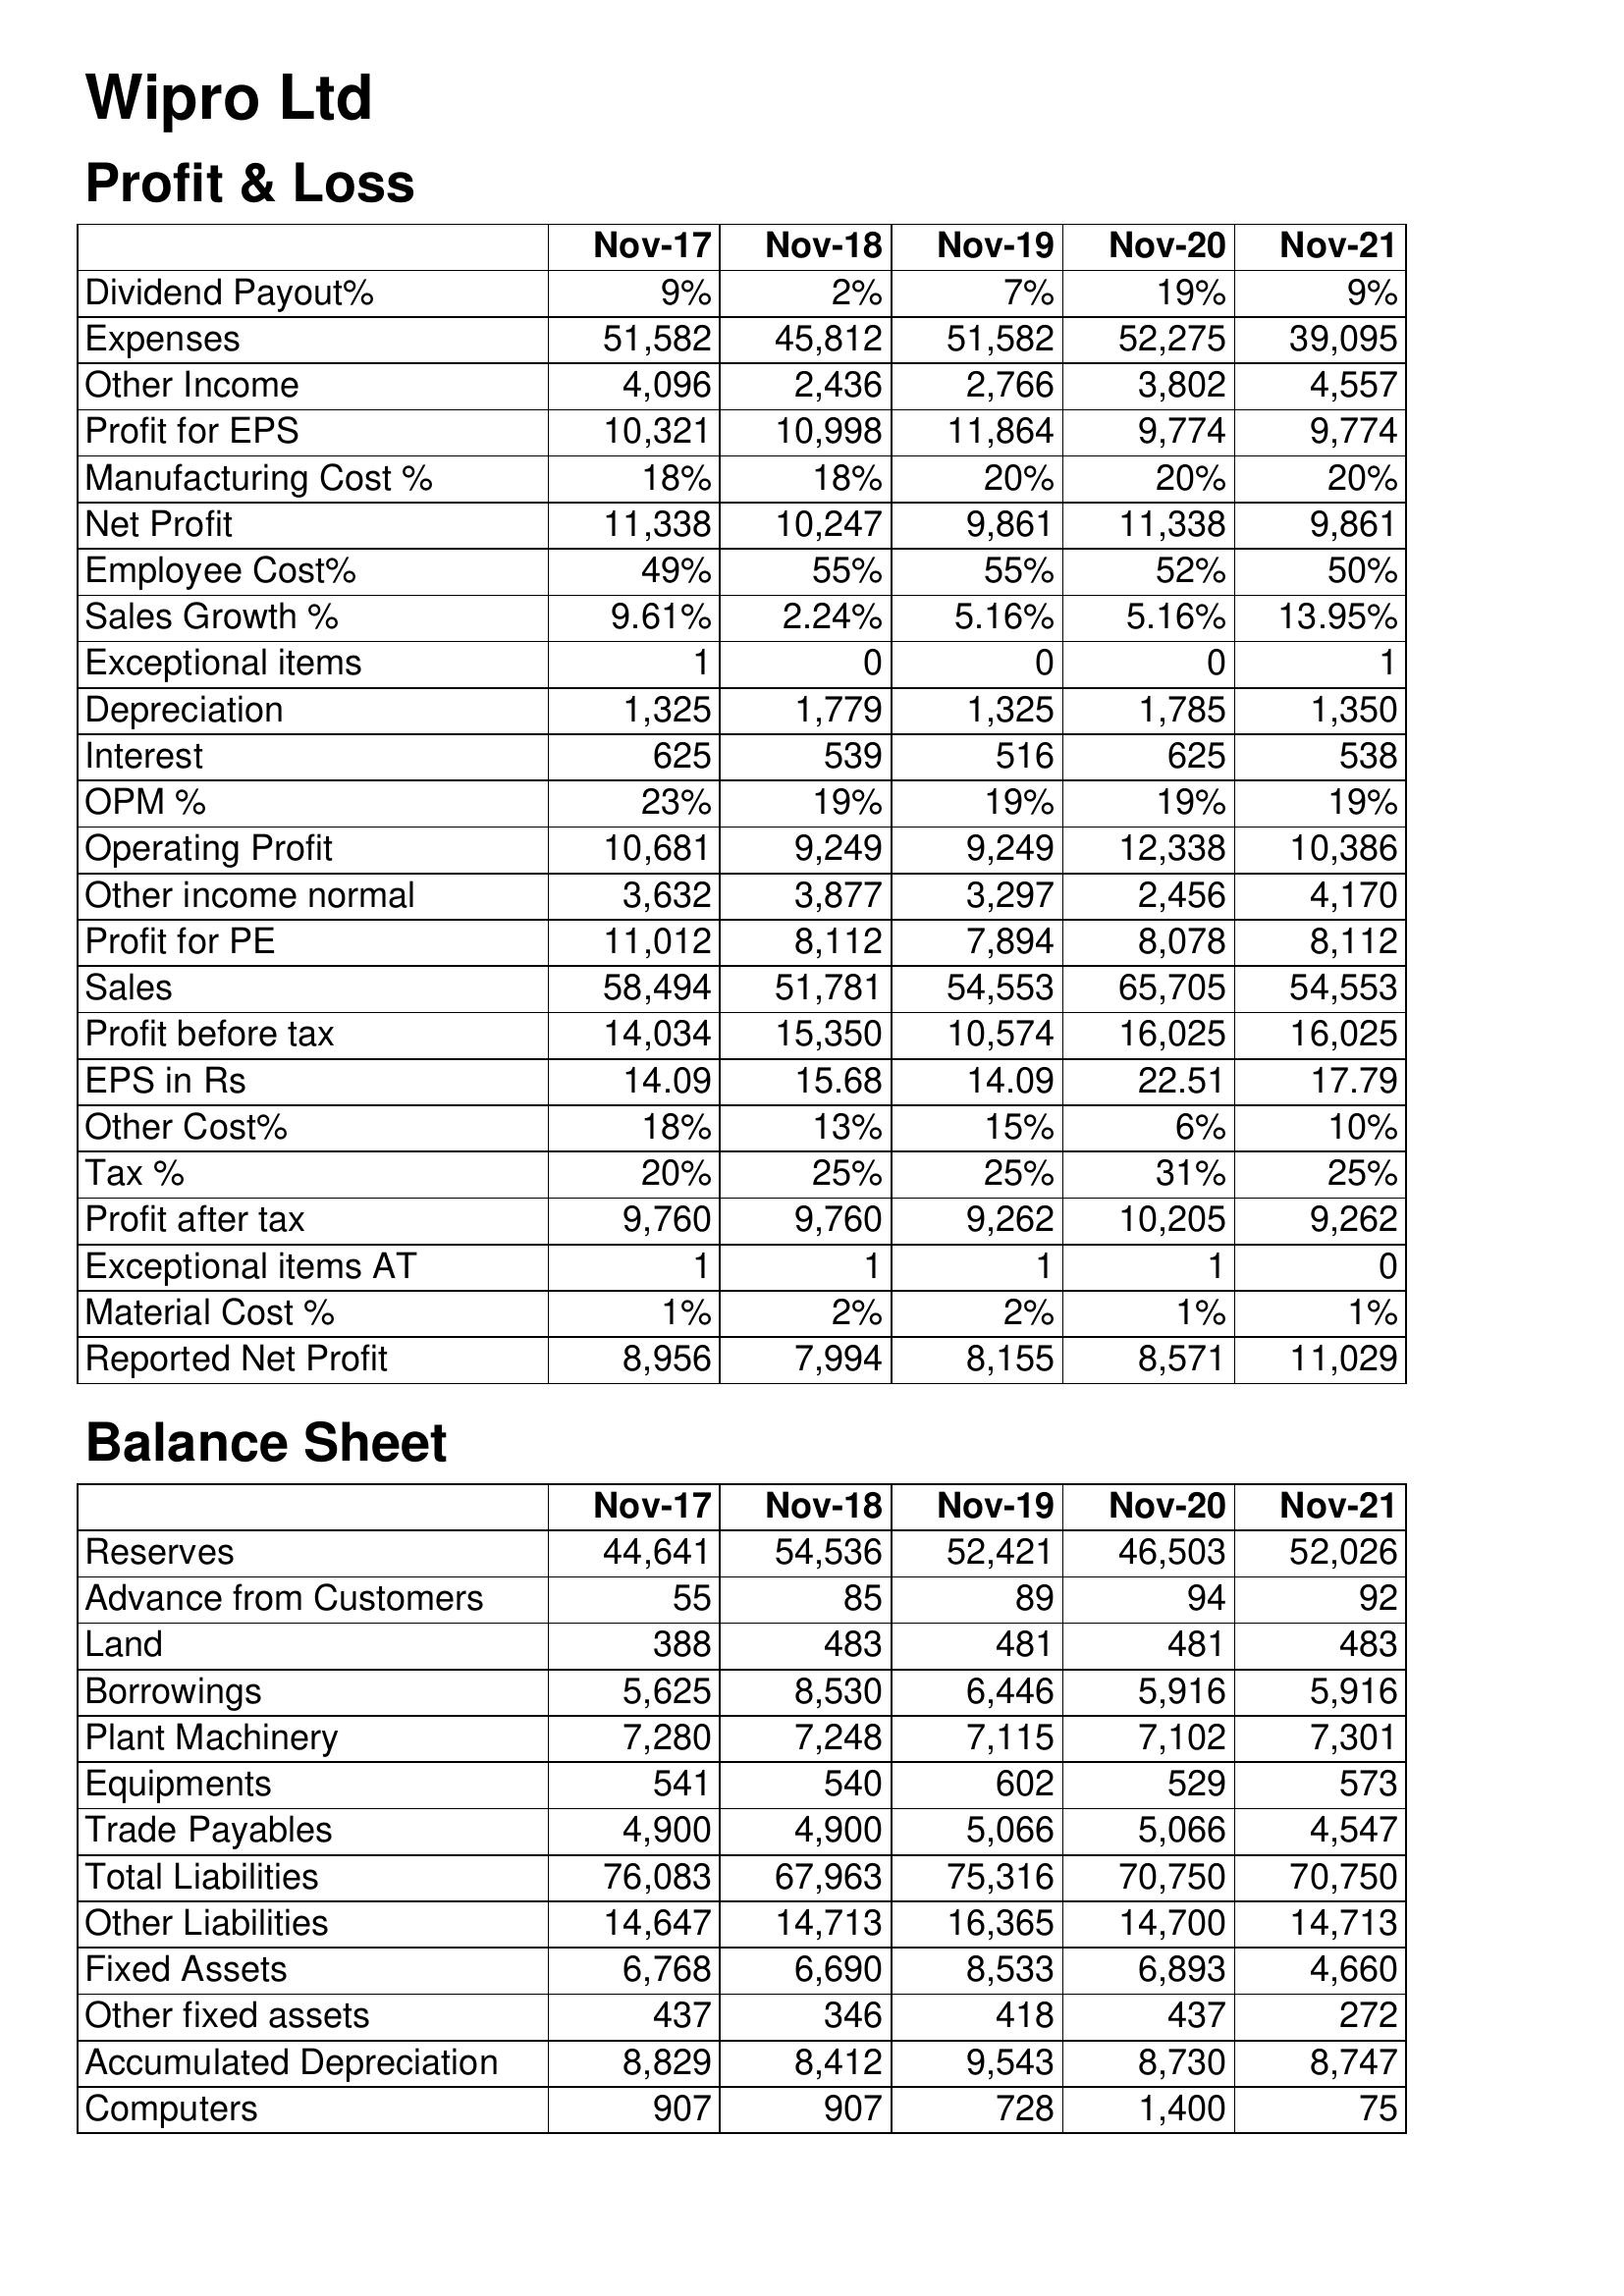
Nov-17: Profit & Loss: Dividend Payout%: 9%
Expenses: 51,582
Other Income: 4,096
Profit for EPS: 10,321
Manufacturing Cost %: 18%
Net Profit: 11,338
Employee Cost%: 49%
Sales Growth %: 9.61%
Exceptional items: 1
Depreciation: 1,325
Interest: 625
OPM %: 23%
Operating Profit: 10,681
Other income normal: 3,632
Profit for PE: 11,012
Sales: 58,494
Profit before tax: 14,034
EPS in Rs: 14.09
Other Cost%: 18%
Tax %: 20%
Profit after tax: 9,760
Exceptional items AT: 1
Material Cost %: 1%
Reported Net Profit: 8,956
Balance Sheet: Reserves: 44,641
Advance from Customers: 55
Land: 388
Borrowings: 5,625
Plant Machinery: 7,280
Equipments: 541
Trade Payables: 4,900
Total Liabilities: 76,083
Other Liabilities: 14,647
Fixed Assets: 6,768
Other fixed assets: 437
Accumulated Depreciation: 8,829
Computers: 907
Nov-18: Profit & Loss: Dividend Payout%: 2%
Expenses: 45,812
Other Income: 2,436
Profit for EPS: 10,998
Manufacturing Cost %: 18%
Net Profit: 10,247
Employee Cost%: 55%
Sales Growth %: 2.24%
Exceptional items: 0
Depreciation: 1,779
Interest: 539
OPM %: 19%
Operating Profit: 9,249
Other income normal: 3,877
Profit for PE: 8,112
Sales: 51,781
Profit before tax: 15,350
EPS in Rs: 15.68
Other Cost%: 13%
Tax %: 25%
Profit after tax: 9,760
Exceptional items AT: 1
Material Cost %: 2%
Reported Net Profit: 7,994
Balance Sheet: Reserves: 54,536
Advance from Customers: 85
Land: 483
Borrowings: 8,530
Plant Machinery: 7,248
Equipments: 540
Trade Payables: 4,900
Total Liabilities: 67,963
Other Liabilities: 14,713
Fixed Assets: 6,690
Other fixed assets: 346
Accumulated Depreciation: 8,412
Computers: 907
Nov-19: Profit & Loss: Dividend Payout%: 7%
Expenses: 51,582
Other Income: 2,766
Profit for EPS: 11,864
Manufacturing Cost %: 20%
Net Profit: 9,861
Employee Cost%: 55%
Sales Growth %: 5.16%
Exceptional items: 0
Depreciation: 1,325
Interest: 516
OPM %: 19%
Operating Profit: 9,249
Other income normal: 3,297
Profit for PE: 7,894
Sales: 54,553
Profit before tax: 10,574
EPS in Rs: 14.09
Other Cost%: 15%
Tax %: 25%
Profit after tax: 9,262
Exceptional items AT: 1
Material Cost %: 2%
Reported Net Profit: 8,155
Balance Sheet: Reserves: 52,421
Advance from Customers: 89
Land: 481
Borrowings: 6,446
Plant Machinery: 7,115
Equipments: 602
Trade Payables: 5,066
Total Liabilities: 75,316
Other Liabilities: 16,365
Fixed Assets: 8,533
Other fixed assets: 418
Accumulated Depreciation: 9,543
Computers: 728
Nov-20: Profit & Loss: Dividend Payout%: 19%
Expenses: 52,275
Other Income: 3,802
Profit for EPS: 9,774
Manufacturing Cost %: 20%
Net Profit: 11,338
Employee Cost%: 52%
Sales Growth %: 5.16%
Exceptional items: 0
Depreciation: 1,785
Interest: 625
OPM %: 19%
Operating Profit: 12,338
Other income normal: 2,456
Profit for PE: 8,078
Sales: 65,705
Profit before tax: 16,025
EPS in Rs: 22.51
Other Cost%: 6%
Tax %: 31%
Profit after tax: 10,205
Exceptional items AT: 1
Material Cost %: 1%
Reported Net Profit: 8,571
Balance Sheet: Reserves: 46,503
Advance from Customers: 94
Land: 481
Borrowings: 5,916
Plant Machinery: 7,102
Equipments: 529
Trade Payables: 5,066
Total Liabilities: 70,750
Other Liabilities: 14,700
Fixed Assets: 6,893
Other fixed assets: 437
Accumulated Depreciation: 8,730
Computers: 1,400
Nov-21: Profit & Loss: Dividend Payout%: 9%
Expenses: 39,095
Other Income: 4,557
Profit for EPS: 9,774
Manufacturing Cost %: 20%
Net Profit: 9,861
Employee Cost%: 50%
Sales Growth %: 13.95%
Exceptional items: 1
Depreciation: 1,350
Interest: 538
OPM %: 19%
Operating Profit: 10,386
Other income normal: 4,170
Profit for PE: 8,112
Sales: 54,553
Profit before tax: 16,025
EPS in Rs: 17.79
Other Cost%: 10%
Tax %: 25%
Profit after tax: 9,262
Exceptional items AT: 0
Material Cost %: 1%
Reported Net Profit: 11,029
Balance Sheet: Reserves: 52,026
Advance from Customers: 92
Land: 483
Borrowings: 5,916
Plant Machinery: 7,301
Equipments: 573
Trade Payables: 4,547
Total Liabilities: 70,750
Other Liabilities: 14,713
Fixed Assets: 4,660
Other fixed assets: 272
Accumulated Depreciation: 8,747
Computers: 75